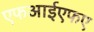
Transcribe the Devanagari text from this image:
एफआईएफए